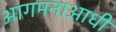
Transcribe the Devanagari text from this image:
आगमनाआधी